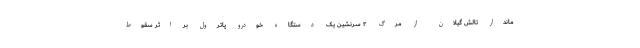
ماندار تالش گیلان از مرگ ۲ سرنشین یک دستگاه خودرو پاترول بر اثر سقوط